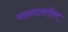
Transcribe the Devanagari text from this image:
मानवाबरोबर